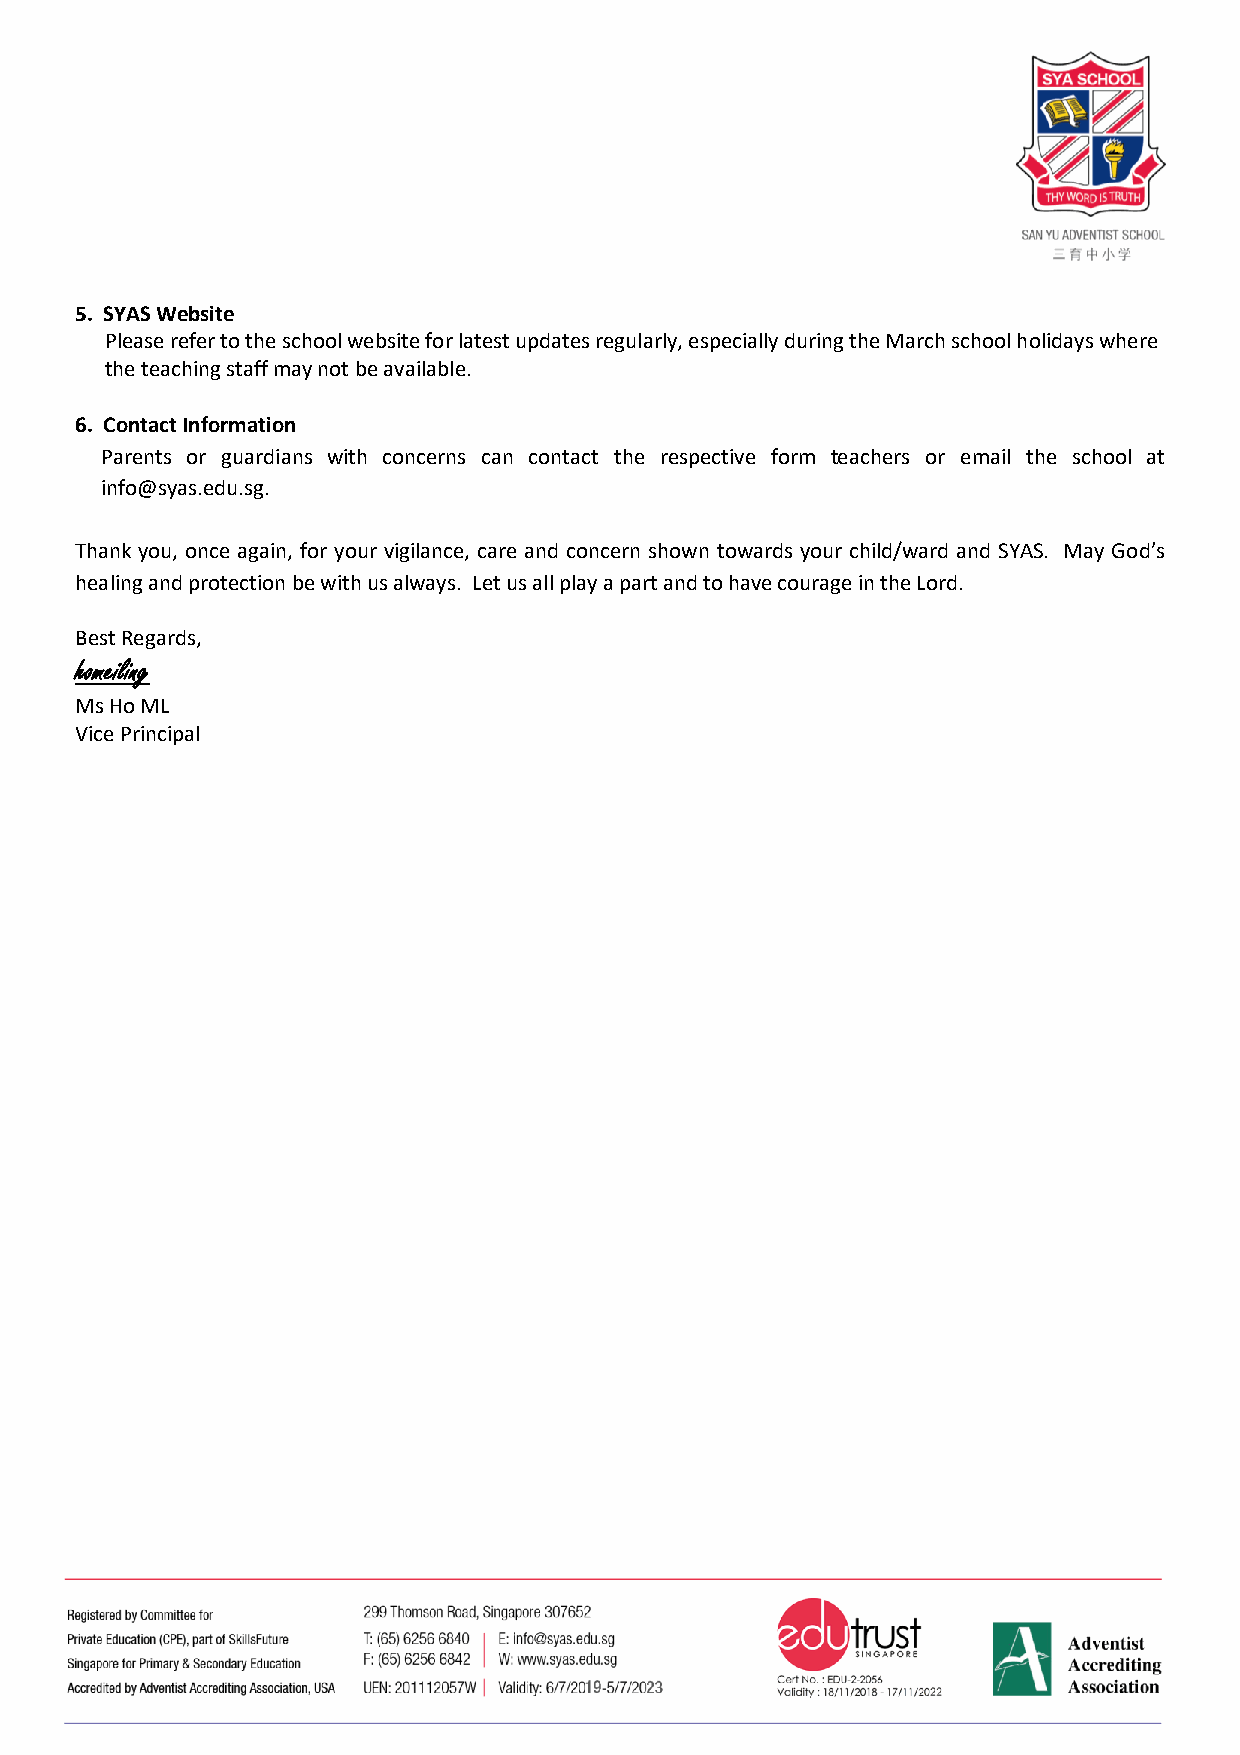
5. SYAS Website
 Please refer to the school website for latest updates regularly, especially during the March school holidays where
 the teaching staff may not be available.
 6. Contact Information
 Parents or guardians with concerns can contact the respective form teachers or email the school at
 info@syas.edu.sg.
 Thank you, once again, for your vigilance, care and concern shown towards your child/ward and SYAS. May God’s
 healing and protection be with us always. Let us all play a part and to have courage in the Lord.
 Best Regards,
 homeiling
 Ms Ho ML
 Vice Principal